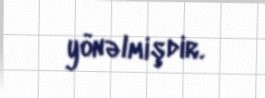
yönəlmişdir.